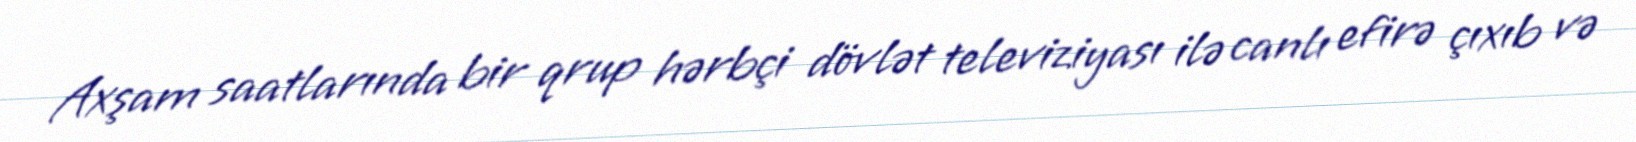
Axşam saatlarında bir qrup hərbçi dövlət televiziyası ilə canlı efirə çıxıb və